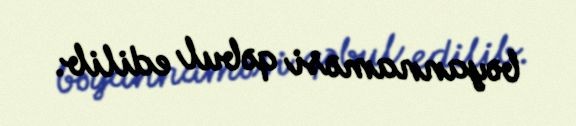
bəyannaməsi qəbul edilib.